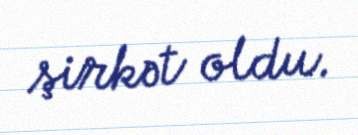
şirkət oldu.